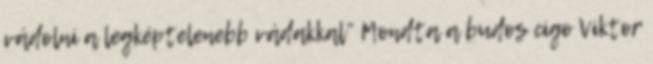
vádolni a legképtelenebb vádakkal” Mondta a budos cigo Viktor